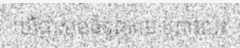
ឃើញសុខធំទូលាយ ព្រោះលះ